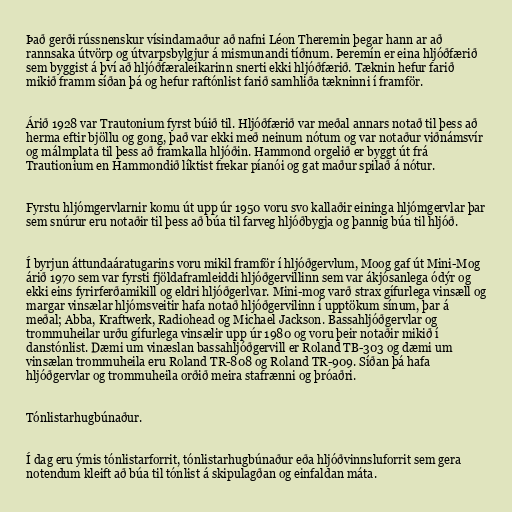
Það gerði rússnenskur vísindamaður að nafni Léon Theremin þegar hann ar að
rannsaka útvörp og útvarpsbylgjur á mismunandi tíðnum. Þeremín er eina hljóðfærið
sem byggist á því að hljóðfæraleikarinn snerti ekki hljóðfærið. Tæknin hefur farið
mikið framm síðan þá og hefur raftónlist farið samhliða tækninni í framför.

Árið 1928 var Trautonium fyrst búið til. Hljóðfærið var meðal annars notað til þess að
herma eftir bjöllu og gong, það var ekki með neinum nótum og var notaður viðnámsvír
og málmplata til þess að framkalla hljóðin. Hammond orgelið er byggt út frá
Trautionium en Hammondið líktist frekar píanói og gat maður spilað á nótur.

Fyrstu hljómgervlarnir komu út upp úr 1950 voru svo kallaðir eininga hljómgervlar þar
sem snúrur eru notaðir til þess að búa til farveg hljóðbygja og þannig búa til hljóð.

Í byrjun áttundaáratugarins voru mikil framför í hljóðgervlum, Moog gaf út Mini-Mog
árið 1970 sem var fyrsti fjöldaframleiddi hljóðgervillinn sem var ákjósanlega ódýr og
ekki eins fyrirferðamikill og eldri hljóðgerlvar. Mini-mog varð strax gífurlega vinsæll og
margar vinsælar hljómsveitir hafa notað hljóðgervilinn í upptökum sínum, þar á
meðal; Abba, Kraftwerk, Radiohead og Michael Jackson. Bassahljóðgervlar og
trommuheilar urðu gífurlega vinsælir upp úr 1980 og voru þeir notaðir mikið í
danstónlist. Dæmi um vinæslan bassahljóðgervill er Roland TB-303 og dæmi um
vinsælan trommuheila eru Roland TR-808 og Roland TR-909. Síðan þá hafa
hljóðgervlar og trommuheila orðið meira stafrænni og þróaðri.

Tónlistarhugbúnaður.

Í dag eru ýmis tónlistarforrit, tónlistarhugbúnaður eða hljóðvinnsluforrit sem gera
notendum kleift að búa til tónlist á skipulagðan og einfaldan máta.